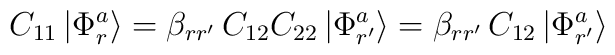
C_{11}\left| \Phi^a_r \right> = \beta_{r r'}\, C_{12}C_{22}\left| \Phi^a_{r'}\right>=  \beta_{r r'}\, C_{12}\left| \Phi^a_{r'} \right>